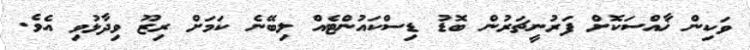
ވަކިން ޚާއްސަކޮށް ފަރުނީޗަރުން ބޮޑު ޑިސްކައުންޓެއް ލިބޭނެ ކަމަށް ރިޒޫ ވިދާޅުވި އެވެ.